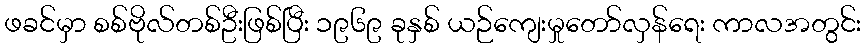
ဖခင်မှာ စစ်ဗိုလ်တစ်ဦးဖြစ်ပြီး ၁၉၆၉ ခုနှစ် ယဉ်ကျေးမှုတော်လှန်ရေး ကာလအတွင်း